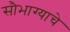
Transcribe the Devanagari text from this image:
सौभाग्याचे